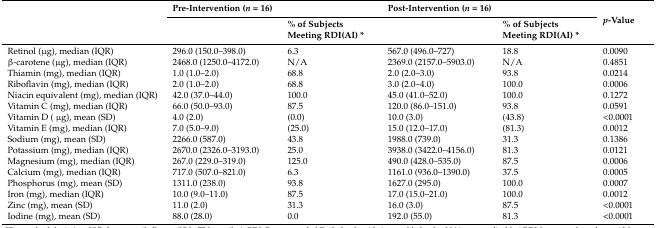
<table><thead><tr><td rowspan="2"></td><td colspan="2"><b>Pre-Intervention (<i>n</i> = 16)</b></td><td colspan="2"><b>Post-Intervention (<i>n</i> = 16)</b></td><td rowspan="2"><b><i>p</i>-Value</b></td></tr><tr><td></td><td><b>% of Subjects Meeting RDI(AI) *</b></td><td></td><td><b>% of Subjects Meeting RDI(AI) *</b></td></tr></thead><tbody><tr><td>Retinol (μg), median (IQR)</td><td>296.0 (150.0–398.0)</td><td>6.3</td><td>567.0 (496.0–727)</td><td>18.8</td><td>0.0090</td></tr><tr><td>β-carotene (μg), median (IQR)</td><td>2468.0 (1250.0–4172.0)</td><td>N/A</td><td>2369.0 (2157.0–5903.0)</td><td>N/A</td><td>0.4851</td></tr><tr><td>Thiamin (mg), median (IQR)</td><td>1.0 (1.0–2.0)</td><td>68.8</td><td>2.0 (2.0–3.0)</td><td>93.8</td><td>0.0214</td></tr><tr><td>Riboflavin (mg), median (IQR)</td><td>2.0 (1.0–2.0)</td><td>68.8</td><td>3.0 (2.0–4.0)</td><td>100.0</td><td>0.0006</td></tr><tr><td>Niacin equivalent (mg), median (IQR)</td><td>42.0 (37.0–44.0)</td><td>100.0</td><td>45.0 (41.0–52.0) </td><td>100.0</td><td>0.1272</td></tr><tr><td>Vitamin C (mg), median (IQR)</td><td>66.0 (50.0–93.0)</td><td>87.5</td><td>120.0 (86.0–151.0)</td><td>93.8</td><td>0.0591</td></tr><tr><td>Vitamin D ( μg), mean (SD)</td><td>4.0 (2.0)</td><td>(0.0)</td><td>10.0 (3.0)</td><td>(43.8)</td><td>&lt;0.0001</td></tr><tr><td>Vitamin E (mg), median (IQR)</td><td>7.0 (5.0–9.0)</td><td>(25.0)</td><td>15.0 (12.0–17.0)</td><td>(81.3)</td><td>0.0012</td></tr><tr><td>Sodium (mg), mean (SD)</td><td>2266.0 (587.0)</td><td>43.8</td><td>1988.0 (739.0)</td><td>31.3</td><td>0.1386</td></tr><tr><td>Potassium (mg), median (IQR)</td><td>2670.0 (2326.0–3193.0)</td><td>25.0</td><td>3938.0 (3422.0–4156.0)</td><td>81.3</td><td>0.0121</td></tr><tr><td>Magnesium (mg), median (IQR)</td><td>267.0 (229.0–319.0)</td><td>125.0</td><td>490.0 (428.0–535.0)</td><td>87.5</td><td>0.0006</td></tr><tr><td>Calcium (mg), median (IQR)</td><td>717.0 (507.0–821.0)</td><td>6.3</td><td>1161.0 (936.0–1390.0)</td><td>37.5</td><td>0.0005</td></tr><tr><td>Phosphorus (mg), mean (SD)</td><td>1311.0 (238.0)</td><td>93.8</td><td>1627.0 (295.0)</td><td>100.0</td><td>0.0007</td></tr><tr><td>Iron (mg), median (IQR)</td><td>10.0 (9.0–11.0)</td><td>87.5</td><td>17.0 (15.0–21.0)</td><td>100.0</td><td>0.0012</td></tr><tr><td>Zinc (mg), mean (SD)</td><td>11.0 (2.0)</td><td>31.3</td><td>16.0 (3.0)</td><td>87.5</td><td>&lt;0.0001</td></tr><tr><td>Iodine (mg), mean (SD)</td><td>88.0 (28.0)</td><td>0.0</td><td>192.0 (55.0)</td><td>81.3</td><td>&lt;0.0001</td></tr></tbody></table>